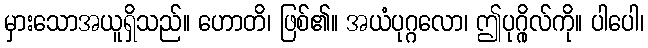
မှားသောအယူရှိသည်။ ဟောတိ၊ ဖြစ်၏။ အယံပုဂ္ဂလော၊ ဤပုဂ္ဂိုလ်ကို။ ပါပေါ၊